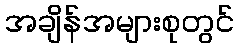
အချိန်အများစုတွင်